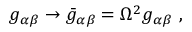
g _ { \alpha \beta } \rightarrow \bar { g } _ { \alpha \beta } = \Omega ^ { 2 } g _ { \alpha \beta } ~ ,